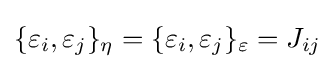
{\textstyle \{\varepsilon _{i},\varepsilon _{j}\}_{\eta }=\{\varepsilon _{i},\varepsilon _{j}\}_{\varepsilon }=J_{ij}}